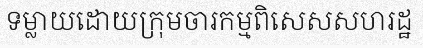
ទម្លាយដោយក្រុមចារកម្មពិសេសសហរដ្ឋ